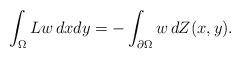
LaTeX: \begin{align*}\int_{\Omega}Lw \,dxdy=-\int_{\partial \Omega}w\,dZ(x,y).\end{align*}